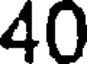
40